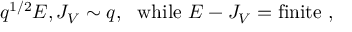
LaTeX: q ^ { 1 / 2 } E , J _ { V } \sim q , ~ ~ \mathrm { w h i l e } ~ E - J _ { V } = \mathrm { f i n i t e } \ ,